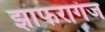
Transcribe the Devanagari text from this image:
झाफरागंज